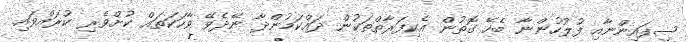
ސިފައިންނާއި ފުލުހުންނާ ބެހޭ ގޮތުން އެކިފަރާތްތަކުން ދައްކަމުންދާ ނޭދެވޭ ވާހަކަތައް ކުށްވެރި ކުރައްވައި